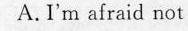
A.I'm afraid not